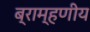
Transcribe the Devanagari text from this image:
ब्राम्हणीय